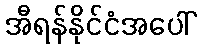
အီရန်နိုင်ငံအပေါ်